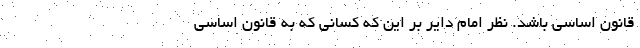
قانون اساسی باشد. نظر امام دایر بر این که کسانی که به قانون اساسی